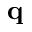
\mathbf { q }